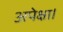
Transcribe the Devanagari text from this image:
अपेक्षा।